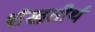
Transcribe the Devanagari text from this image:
शंखतीर्थ